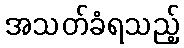
အသတ်ခံရသည့်